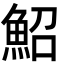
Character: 鮉